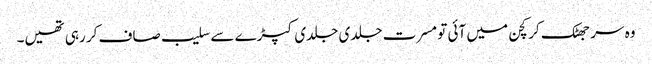
وہ سر جھٹک کر کچن میں آئی تو مسرت جلدی جلدی کپڑے سے سلیب صاف کر رہی تھیں۔